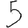
Digit: 5